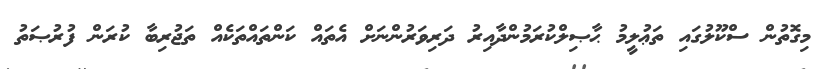
މިގޮތުން ސްކޫލުގައި ތަޢުލީމު ޙާޞިލްކުރަމުންދާއިރު ދަރިވަރުންނަށް އެތައް ކަންތައްތަކެއް ތަޖުރިބާ ކުރަން ފުރުޞަތު